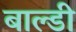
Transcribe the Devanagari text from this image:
बाल्डी